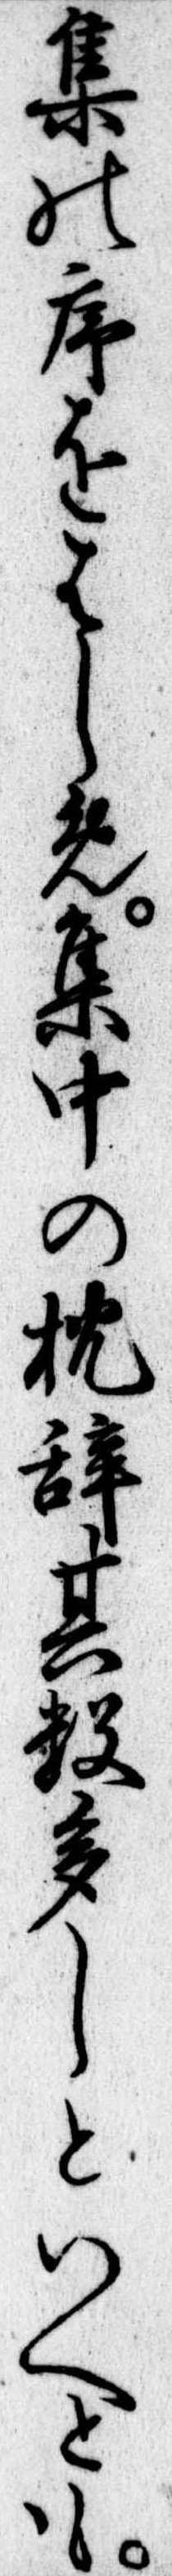
集の序をはしめ集中の枕辞其数多しといへとも